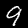
Digit: 9